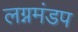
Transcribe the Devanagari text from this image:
लग्नमंडप